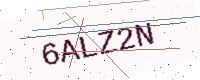
Text: 6ALZ2N